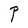
Character: P